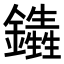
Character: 𨯏